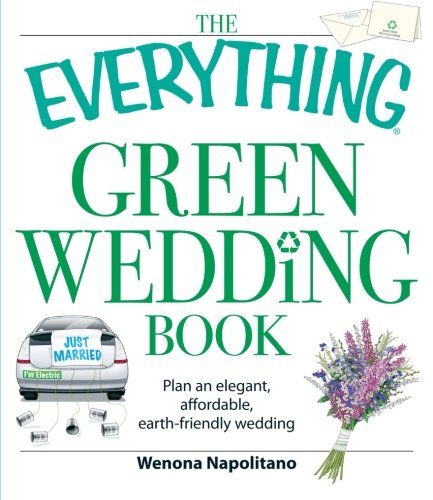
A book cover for The Everything Green Wedding Book: Plan an elegant, affordable, earth-friendly wedding; Wenona Napolitano; Crafts, Hobbies & Home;